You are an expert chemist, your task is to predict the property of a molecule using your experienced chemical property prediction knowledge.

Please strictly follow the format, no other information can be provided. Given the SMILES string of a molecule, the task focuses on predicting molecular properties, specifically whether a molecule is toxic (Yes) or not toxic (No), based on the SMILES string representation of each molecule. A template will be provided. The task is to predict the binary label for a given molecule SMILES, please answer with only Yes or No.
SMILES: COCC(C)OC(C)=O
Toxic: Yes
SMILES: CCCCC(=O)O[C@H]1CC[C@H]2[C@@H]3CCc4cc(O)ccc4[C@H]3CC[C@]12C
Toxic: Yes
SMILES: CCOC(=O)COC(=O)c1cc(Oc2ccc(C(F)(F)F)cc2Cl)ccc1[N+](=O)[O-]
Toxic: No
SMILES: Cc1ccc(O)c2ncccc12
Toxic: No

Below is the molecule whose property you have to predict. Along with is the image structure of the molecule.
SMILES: O=C1CCCCCCCCCCC1
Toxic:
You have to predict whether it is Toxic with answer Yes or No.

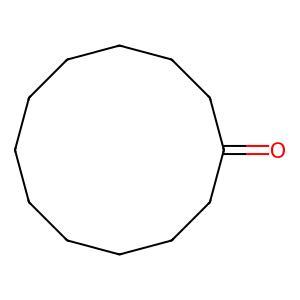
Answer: No